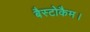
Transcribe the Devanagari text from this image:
बैस्टोकैम।